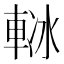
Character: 𨋲